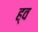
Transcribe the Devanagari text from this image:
ह्व